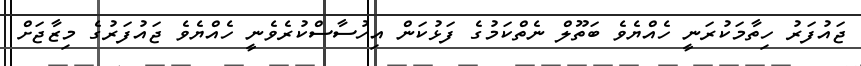
ޖައުފަރު ހިތާމަކުރަނީ ހެއްޔެވެ ބަތޫލް ނެތްކަމުގެ ފަޅުކަން އިހުސާސްކުރެވެނީ ހެއްޔެވެ ޖައުފަރުގެ މިޒާޖަށް